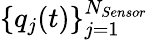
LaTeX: \{ q_{j}(t)\} _{j=1}^{N_{Sensor}}